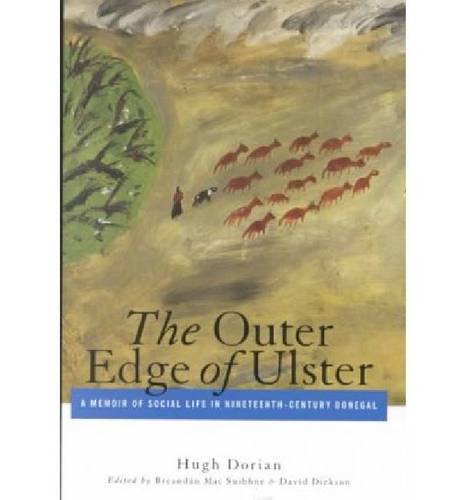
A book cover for The Outer Edge of Ulster: A Memoir of Social Life in Nineteenth-Century Donegal; Hugh Dorian; Biographies & Memoirs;